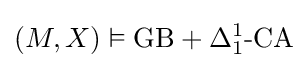
(M,X)\vDash \mathrm {GB} +\Delta _{1}^{1}{\text{-CA}}